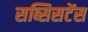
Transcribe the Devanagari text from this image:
सब्सिसटेंस